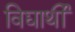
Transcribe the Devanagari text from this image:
विद्यार्थीं